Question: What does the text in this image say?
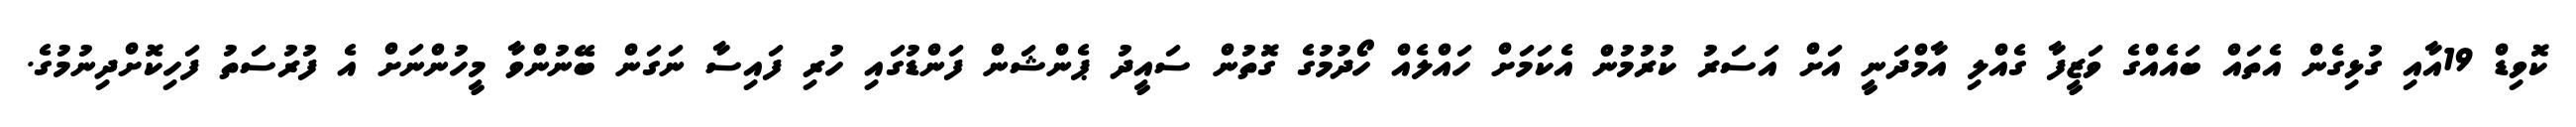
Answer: ކޮވިޑް 19އާއި ގުޅިގެން އެތައް ބައެއްގެ ވަޒީފާ ގެއްލި އާމްދަނީ އަށް އަސަރު ކުރުމުން އެކަމަށް ހައްލެއް ހޯދުމުގެ ގޮތުން ސައީދު ޕެންޝަން ފަންޑުގައި ހުރި ފައިސާ ނަގަން ބޭނުންވާ މީހުންނަށް އެ ފުރުސަތު ފަހިކޮށްދިނުމުގެ.